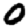
Digit: 0